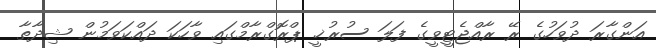
އަންގާރަ ދުވަހުގެ ރޭ ރާއްޖެޓީވީގެ ފަލަ ސުރުޚީ ޕްރޮގްރާމްގައި ވާހަކަ ދައްކަވަމުން ޝިދާތާ